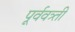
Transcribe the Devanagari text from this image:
पूर्ववत्र्ती